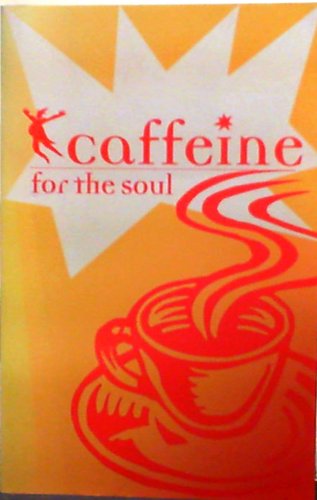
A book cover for Caffeine for the Soul; Lawrence Ragan; Health, Fitness & Dieting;